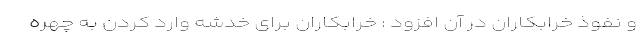
و نفوذ خرابکاران در آن افزود : خرابکاران برای خدشه وارد کردن به چهره